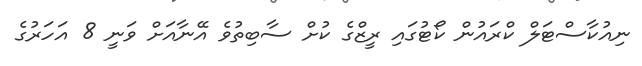
ނިއުކާސްޓަލް ކްރައުން ކޯޓުގައި ރީޒްގެ ކުށް ސާބިތުވެ އޭނާއަށް ވަނީ 8 އަހަރުގެ